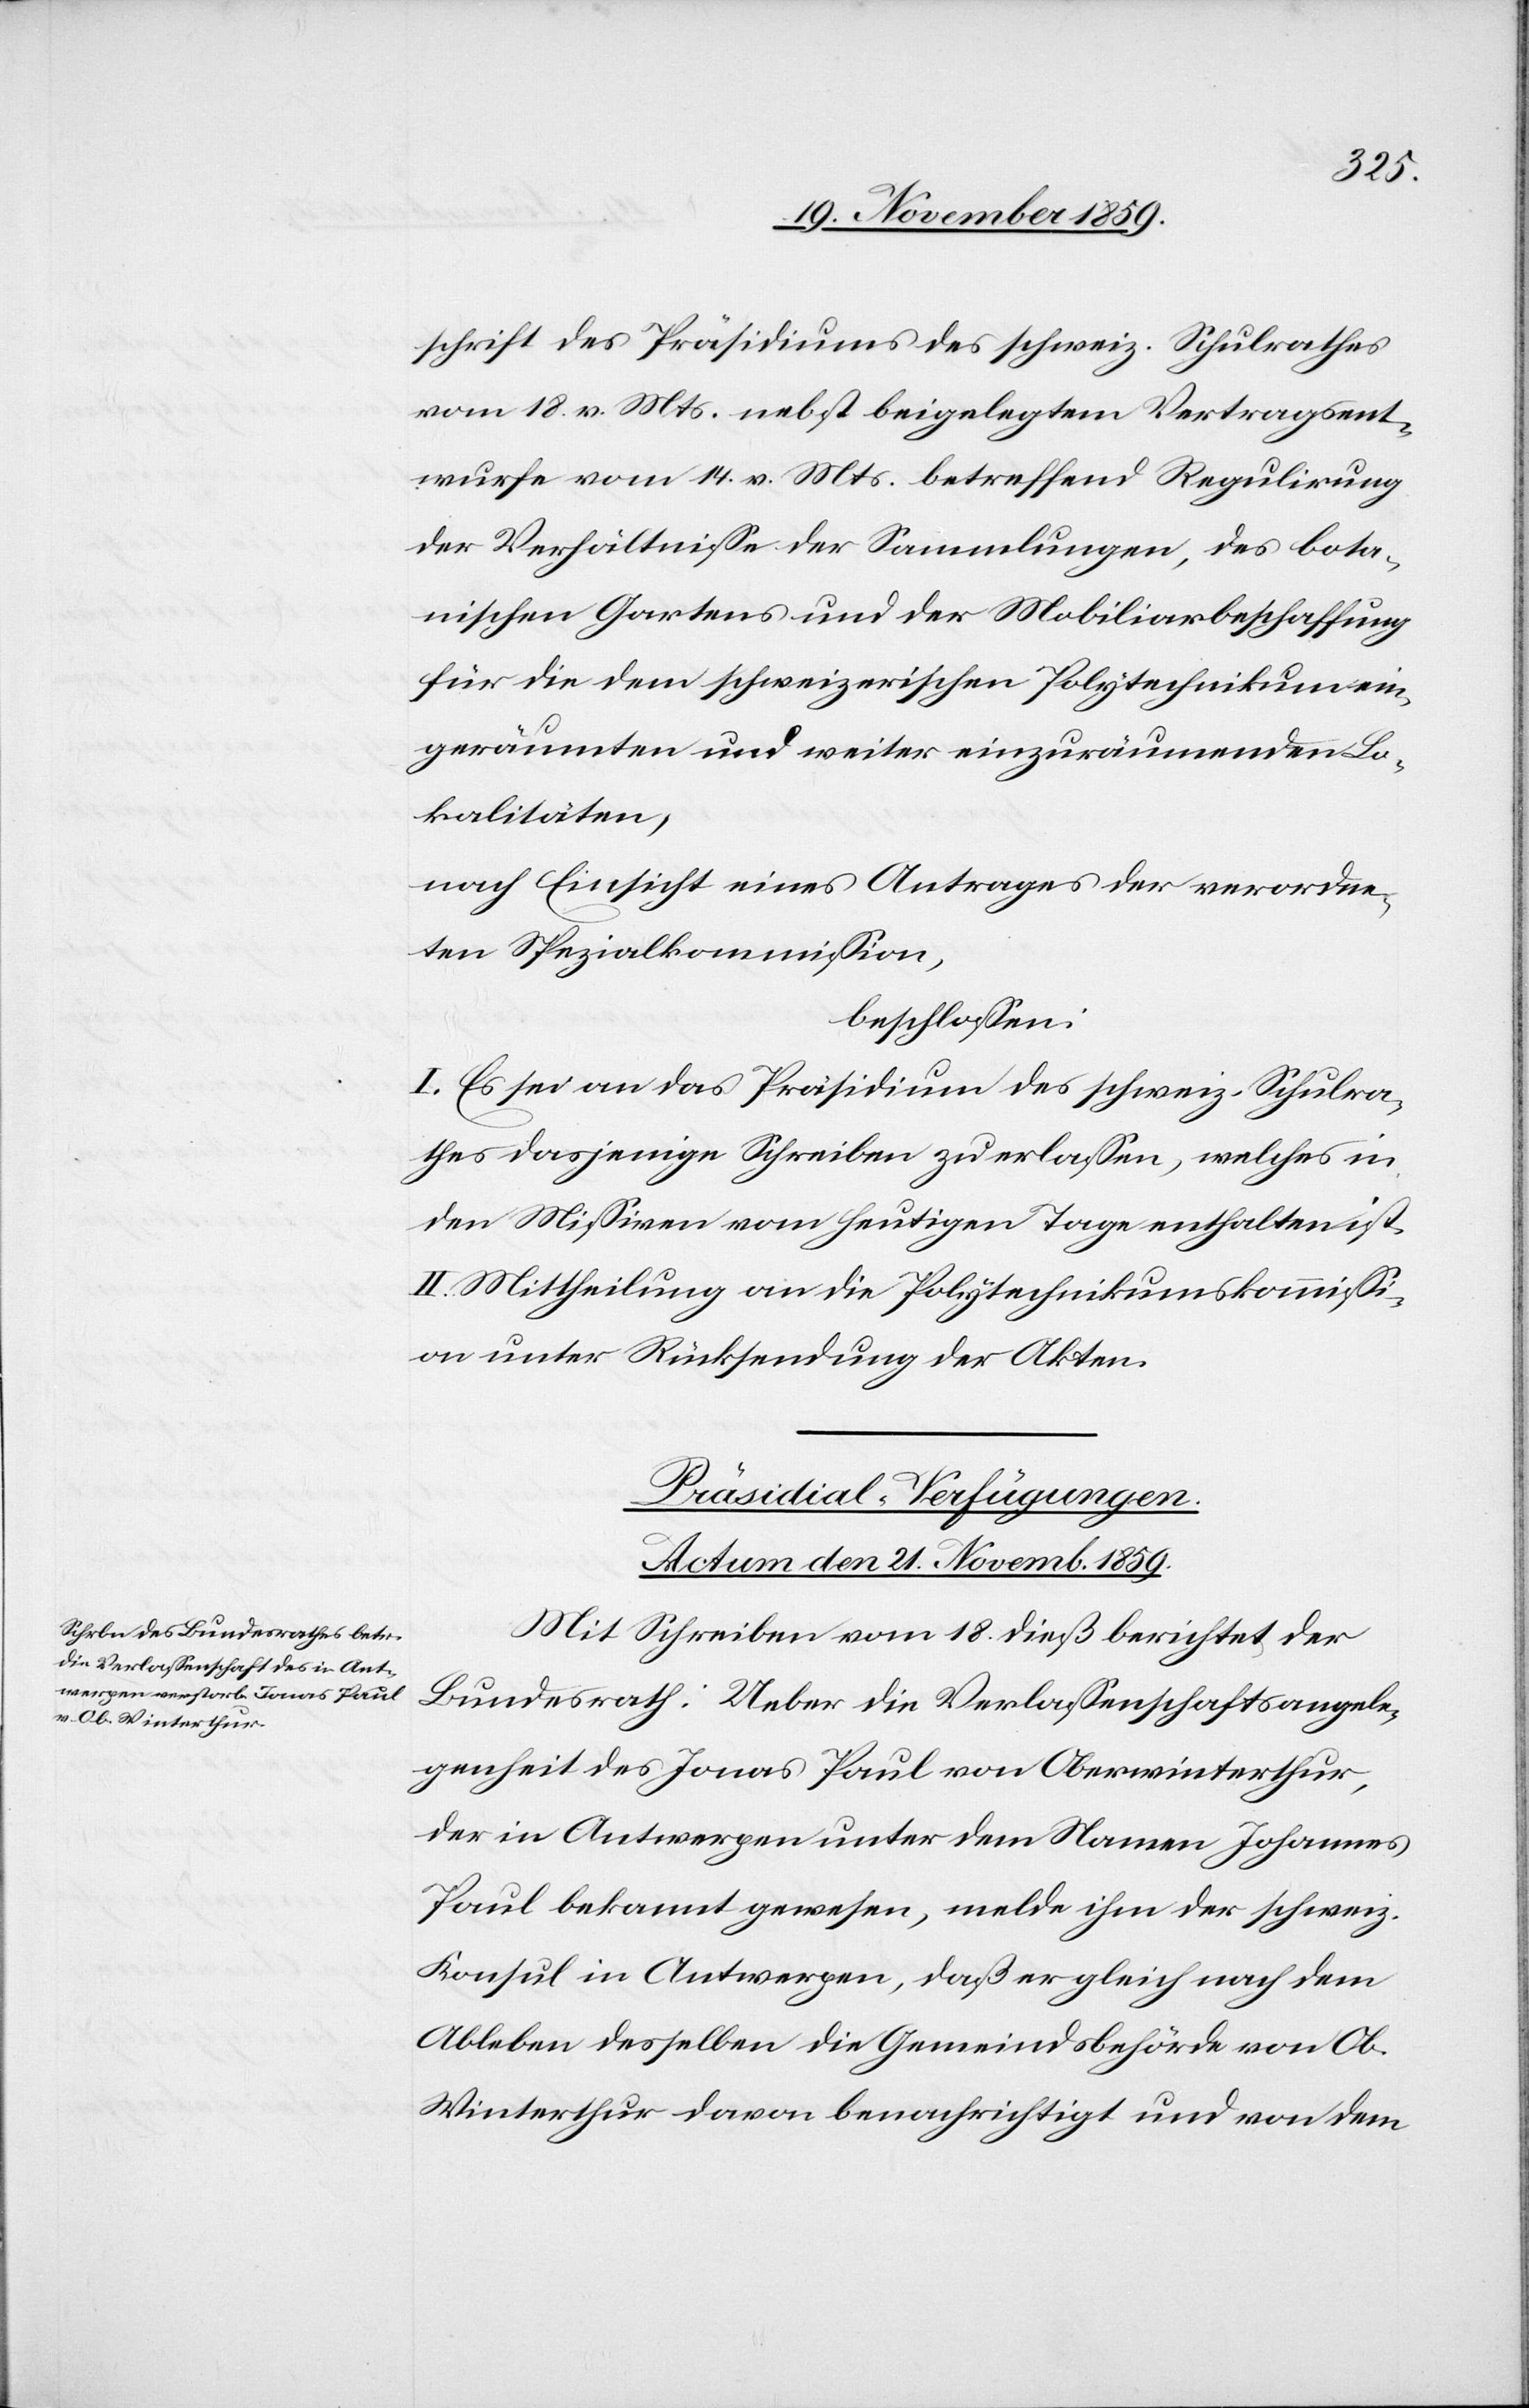
schrift des Präsidiums des schweiz. Schulrathes
vom 18. v. Mts. nebst beigelegtem Vertragsent¬
wurfe vom 14. v. Mts. betreffend Regulirung
der Verhältnisse der Sammlungen, des bota¬
nischen Gartens und der Mobiliarbeschaffung
eingeräumten und weiter einzuräumenden Lo¬
kalitäten,
nach Einsicht eines Antrages der verordne¬
ten Spezialkommission,
beschlossen:
I. Es sei an das Präsidium des schweiz. Schulra¬
thes dasjenige Schreiben zu erlassen, welches in
den Missiven vom heutigen Tage enthalten ist.
II. Mittheilung an die Polytechnikumskommissi¬
on unter Rücksendung der Akten.
Präsidial-Verfügungen.
Actum den 21. Novemb. 1859.
Mit Schreiben vom 18. dieß berichtet der
Bundesrath: Ueber die Verlassenschaftsangele¬
genheit des Jonas Paul von Oberwinterthur,
der in Antwerpen unter dem Namen Johannes
Paul bekannt gewesen, melde ihm der schweiz.
Konsul in Antwerpen, daß er gleich nach dem
Ableben desselben die Gemeindsbehörde von Ob.
Winterthur davon benachrichtigt und von dem